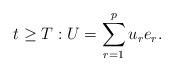
LaTeX: \begin{align*}t\geq T: U= \sum_{r=1}^p u_re_r. \end{align*}